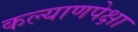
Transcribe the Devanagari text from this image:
कल्याणपेक्षा